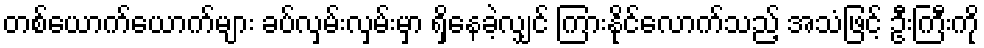
တစ်ယောက်ယောက်များ ခပ်လှမ်းလှမ်းမှာ ရှိနေခဲ့လျှင် ကြားနိုင်လောက်သည့် အသံဖြင့် ဦးကြီးကို